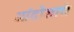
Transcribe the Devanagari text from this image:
आंदोलाचे